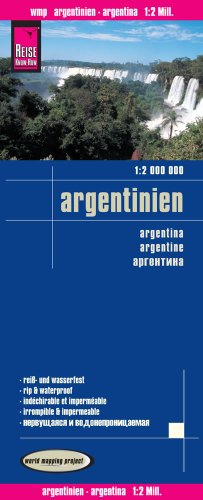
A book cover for Argentina; Reise Know-How Verlag; Travel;